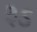
રૂડ